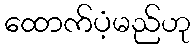
ထောက်ပံ့မည်ဟု